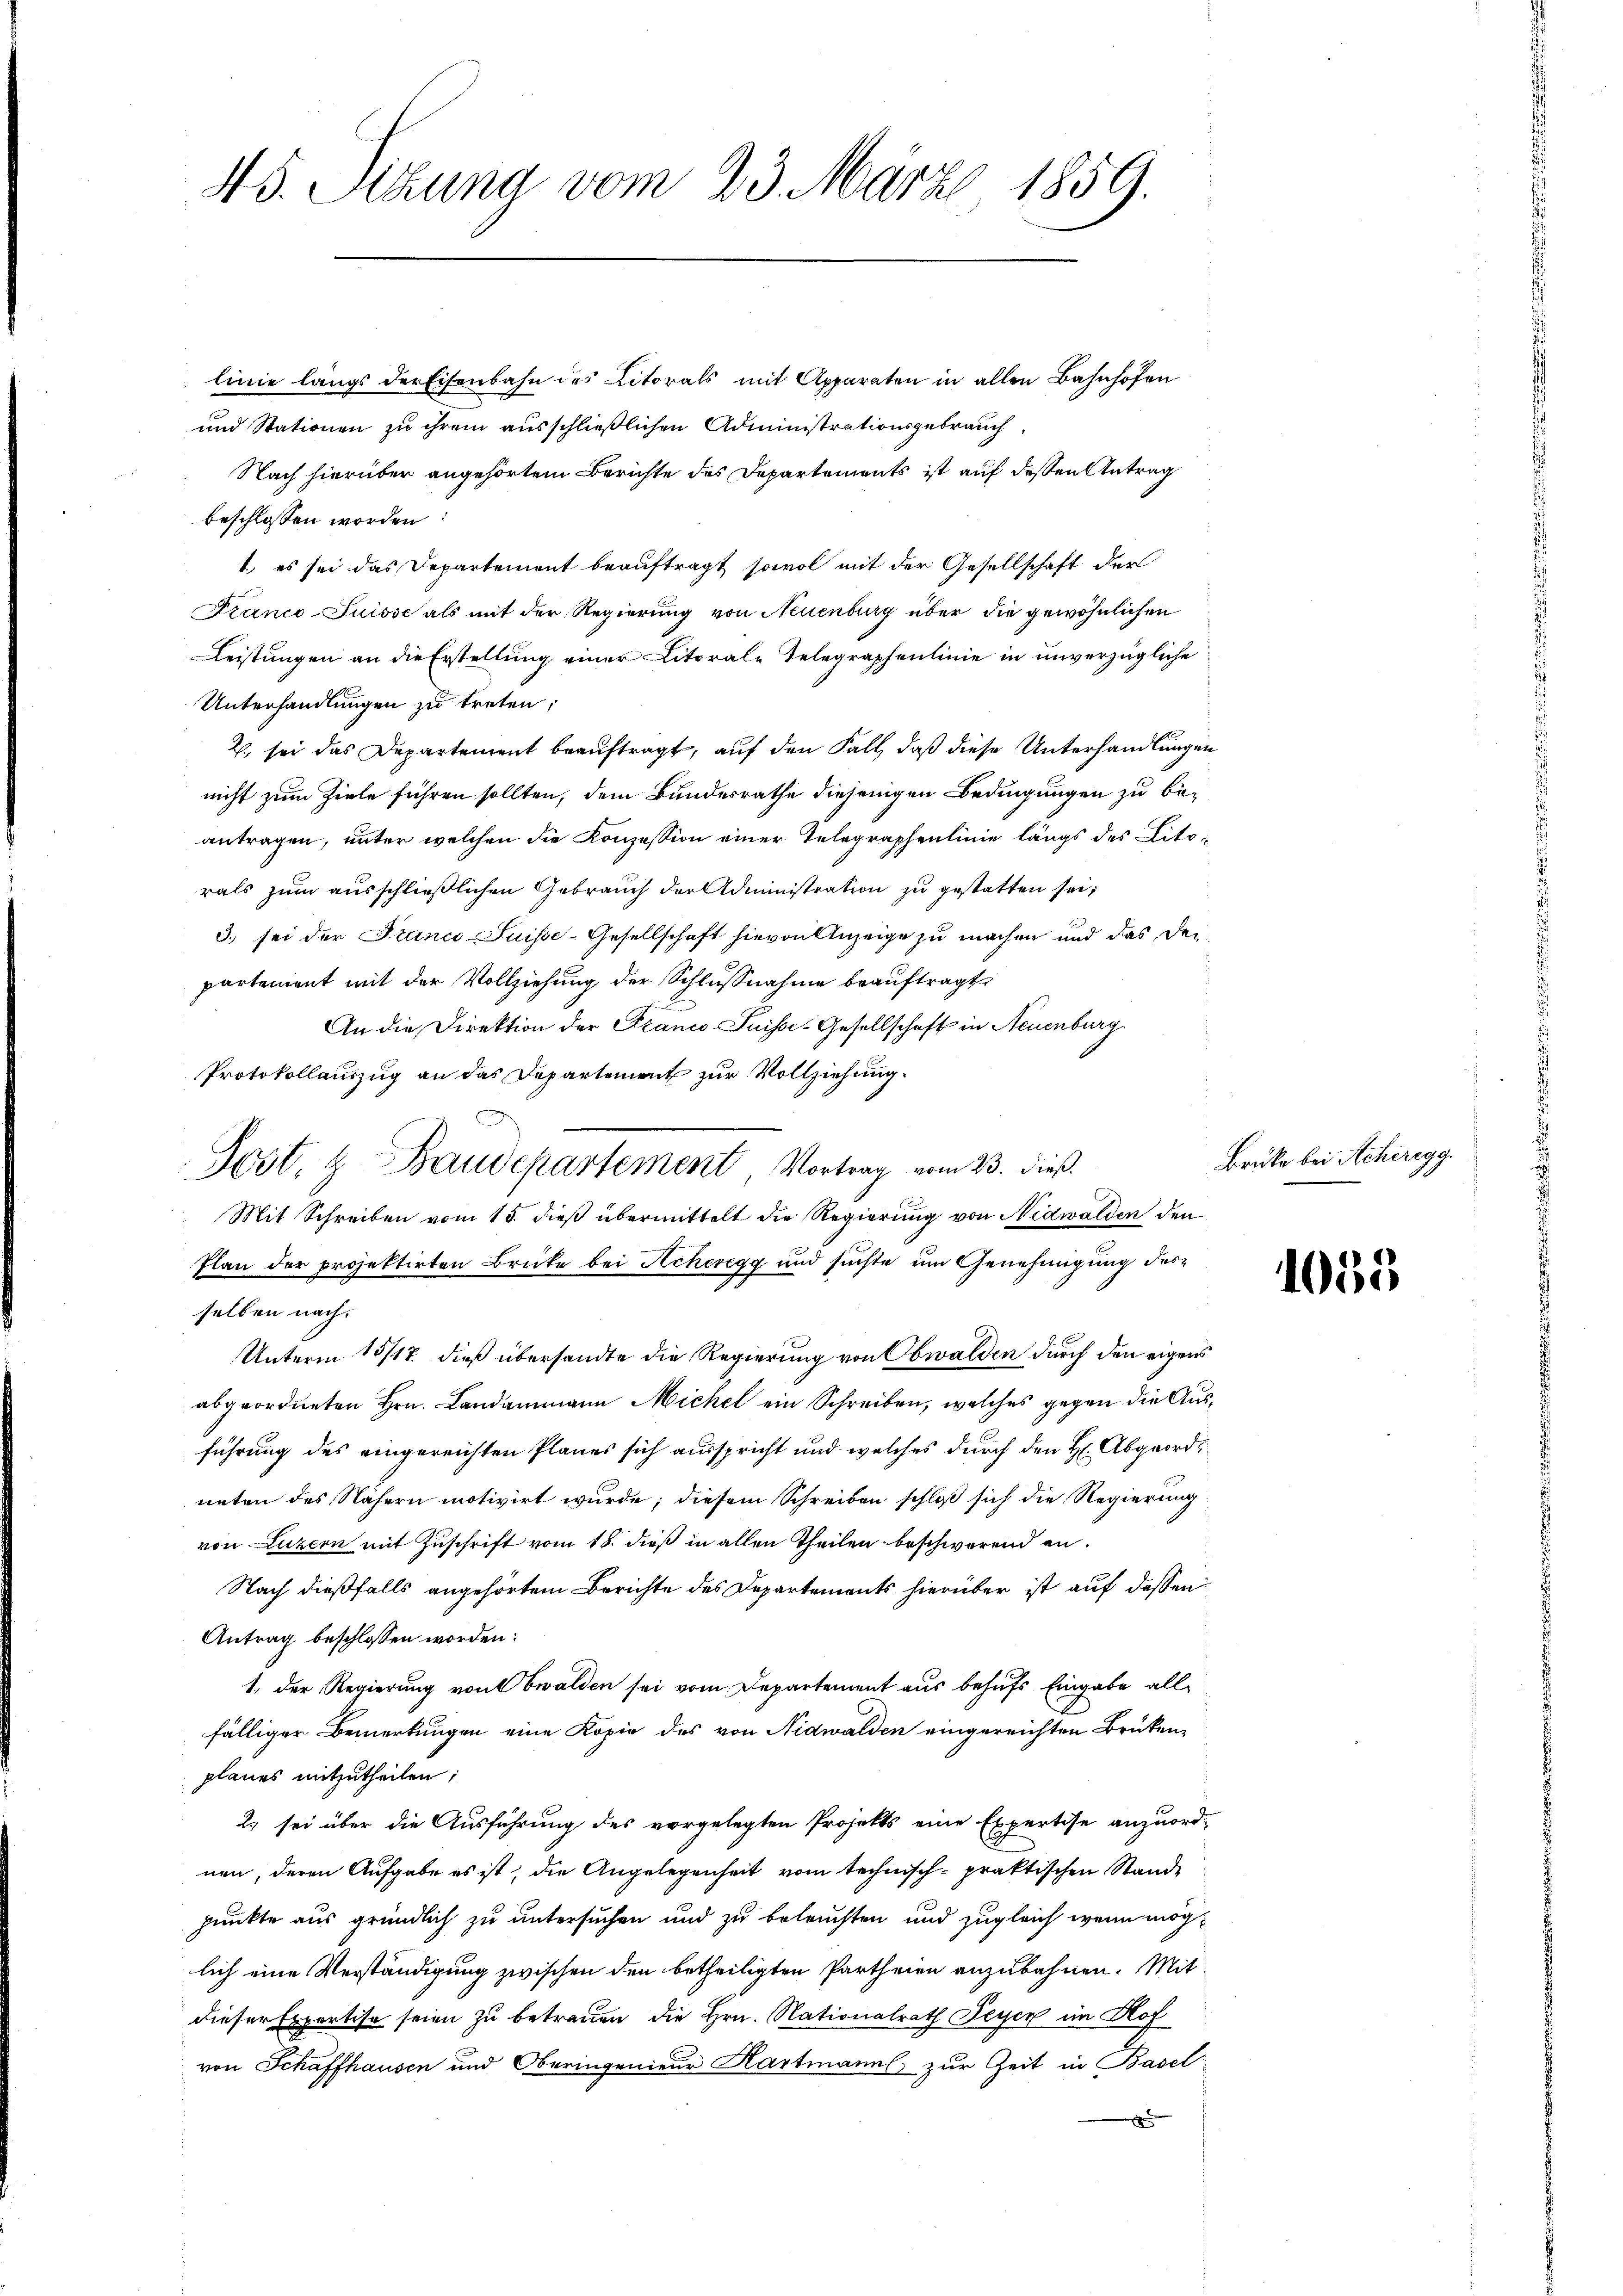
45. Sitzung vom 23. März, 1859.

linie längs der Eisenbahn des Litorals mit Apparaten in allen Bahnhofen
und Stationen zu ihrem ausschließlichen Administrationsgebrauch
Nach hierüber angehörtem Berichte des Departements ist auf dessen Antrag
beschlossen worden:
1., es sei das Departemont beauftragt, sowol mit der Gesellschaft der
Franco-Suisse als mit der Regierung von Neuenburg über die gewöhnlichen
Leistungen an die Erstellung einer Litorale Telegraphenlinie in unverzügliche
Unterhandlungen zu treten;
2., sei das Departement beauftragt, auf den Fall, daß diese Unterhandlungen
nicht zum Ziele führen sollten, dem Bundesrathe diejenigen Bedingungen zu beantragen, unter welchen die Konzession einer Telegraphenlinie längs des Litorals zum ausschließlichen Gebrauch der Administration zu gestatten sei;
3) sei der Franco- Suisse-Gesellschaft hievon Anzeige zu machen und das Deipartenient mit der Vollziehung der Schlußnahme beauftragt,
An die Direktion der Franco Suisse-Gesellschaft in Neuenburg
Protokollauszug an das Departement zur Vollziehung.
Mit Schreiben vom 15. dieß übermittelt die Regierung von Nidwalden den
Plan der projektirten Brücke bei Acheregg und suchte um Genehmigung des
selben nach.
Unterm 15/17. dieß übersandte die Regierung von Obwalden durch den eigens
abgeordneten Hrn. Landammann Michel ein Schreiben, welches gegen die Ausführung des eingereichten Planes sich ausspricht und welches durch den H. Abgeordneten des Nähern motivirt wurde; diesem Schreiben schloß sich die Regierung
von Luzern mit Zuschrift vom 18. dieß in allen Theilen beschwärend an¬
Nach dießfalls angehörtem Berichte des Departements hierüber ist auf dessen
Antrag beschlossen worden:
1. Der Regierung von Obwalden sei vom Departement aus behufs Eingabe allfälliger Bemerkungen eine Kopie des von Nidwalden eingereichten Brüken-
planes mitzutheilen;
2) sei über die Ausführung des vorgelegten Projekts eine Expertise anzuordnen, deren Aufgabe es ist, die Angelegenheit vom technisch-praktischen Stande
punkte aus gründlich zu untersuchen und zu beleuchten und zugleich wenn möglich eine Verständigung zwischen den betheiligten Partheien anzubahnen. Mit
dieser Expertise seien zu betrauen, die Hrn. Nationalrath Peyer im Hof
von Schaffhausen und Oberingenieur Hartmann zur Zeit in Basel
x

d
Jost, & Baudepartement, Vortrag vom 23. dieß.

Brüke bei Acheregg.

1055